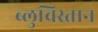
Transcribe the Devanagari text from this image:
ब्लुचिस्तान